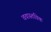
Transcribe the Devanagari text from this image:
ववास्तविक